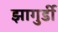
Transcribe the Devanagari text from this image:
झागुर्डी